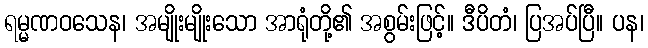
ရမ္မဏဝသေန၊ အမျိုးမျိုးသော အာရုံတို့၏ အစွမ်းဖြင့်။ ဒီပိတံ၊ ပြအပ်ပြီ။ ပန၊